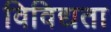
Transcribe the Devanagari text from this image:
विविद्यता